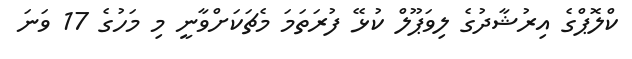
ކްލޮޕްގެ އިރުޝާދުގެ ލިވަޕޫލް ކުޅޭ ފުރަތަމަ މެޗަކަށްވާނީ މި މަހުގެ 17 ވަނަ